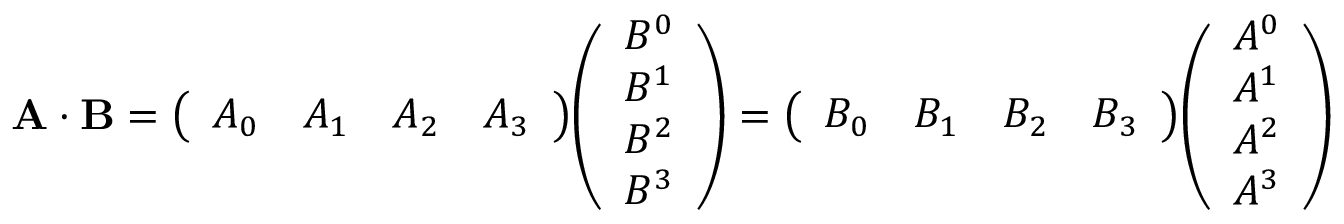
\mathbf { A } \cdot \mathbf { B } = { \left( \begin{array} { l l l l } { A _ { 0 } } & { A _ { 1 } } & { A _ { 2 } } & { A _ { 3 } } \end{array} \right) } { \left( \begin{array} { l } { B ^ { 0 } } \\ { B ^ { 1 } } \\ { B ^ { 2 } } \\ { B ^ { 3 } } \end{array} \right) } = { \left( \begin{array} { l l l l } { B _ { 0 } } & { B _ { 1 } } & { B _ { 2 } } & { B _ { 3 } } \end{array} \right) } { \left( \begin{array} { l } { A ^ { 0 } } \\ { A ^ { 1 } } \\ { A ^ { 2 } } \\ { A ^ { 3 } } \end{array} \right) }